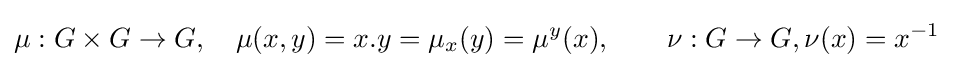
\mu :G\times G\to G,\quad \mu (x,y)=x.y=\mu _{x}(y)=\mu ^{y}(x),\qquad \nu :G\to G,\nu (x)=x^{-1}